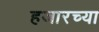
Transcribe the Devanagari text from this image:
हजारच्या